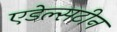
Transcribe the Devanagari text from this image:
एडेल्सटीन